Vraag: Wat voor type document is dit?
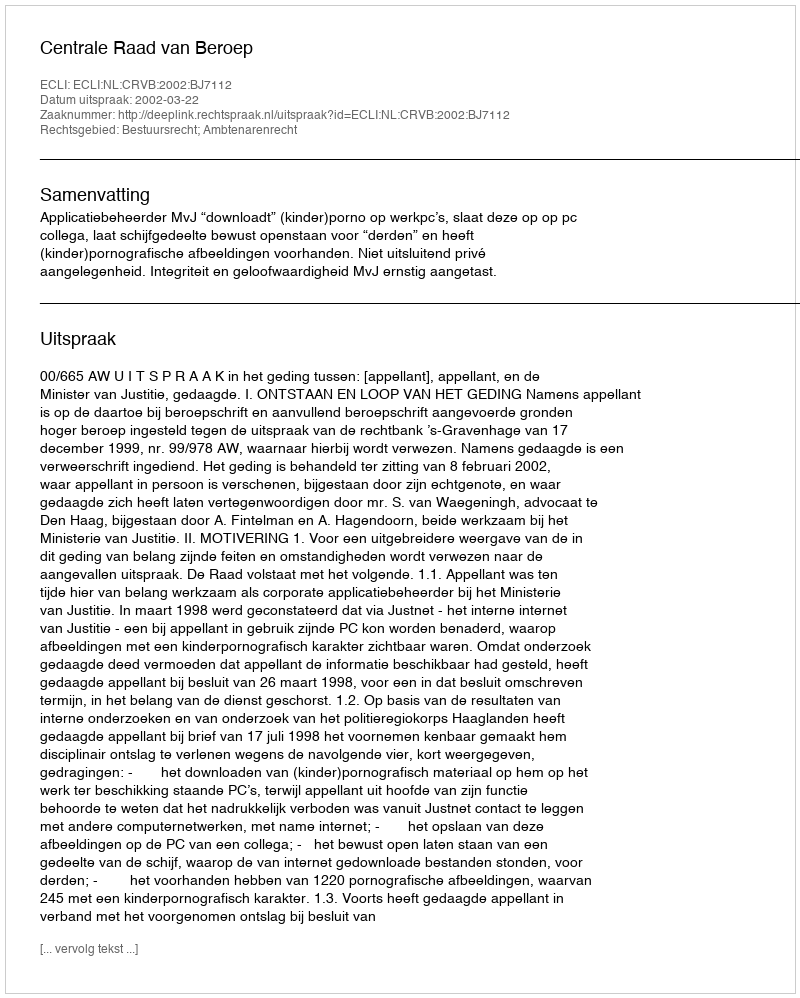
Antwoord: Uitspraak